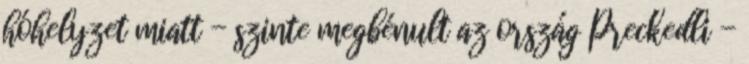
hóhelyzet miatt - szinte megbénult az ország Preckedli -